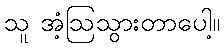
သူ အံ့ဩသွားတာပေါ့။